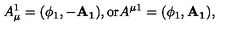
A _ { \mu } ^ { 1 } = ( \phi _ { 1 } , - \mathbf { A _ { 1 } } ) , \mathrm { o r } A ^ { \mu 1 } = ( \phi _ { 1 } , \mathbf { A _ { 1 } } ) ,